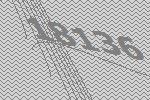
18136